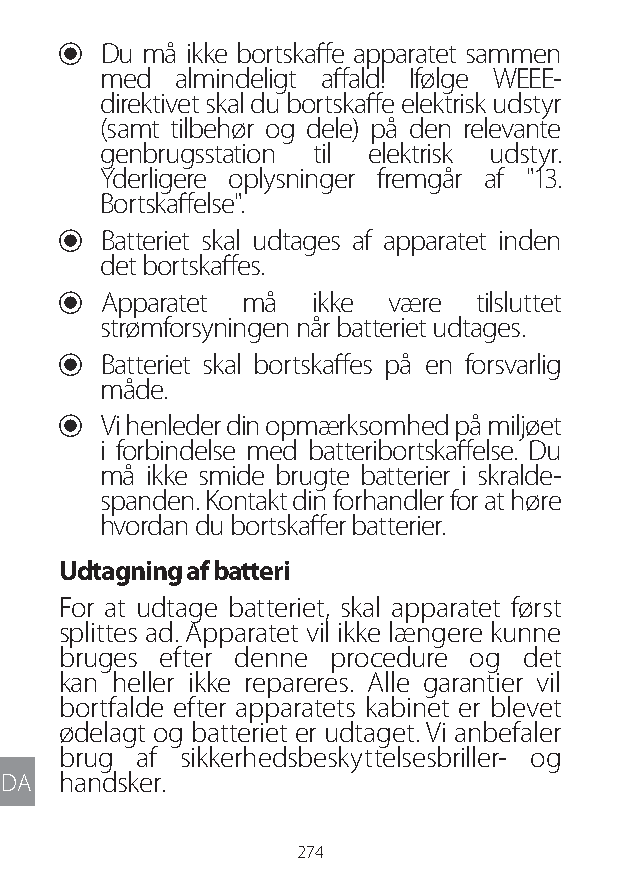
U Du må ikke bortskaffe apparatet sammen
 med  almindeligt affald! Ifølge WEEE-
 direktivet skal du bortskaffe elektrisk udstyr
 (samt tilbehør og dele) på den relevante
 genbrugsstation til elektrisk udstyr.
 Yderligere oplysninger fremgår af "13.
 Bortskaffelse".
 U Batteriet skal udtages af apparatet inden
 det bortskaffes.
 U Apparatet må  ikke være  tilsluttet
 strømforsyningen når batteriet udtages.
 U Batteriet skal bortskaffes på en forsvarlig
 måde.
 U Vi henleder din opmærksomhed på miljøet
 i forbindelse med batteribortskaffelse. Du
 må ikke smide brugte batterier i skralde-
 spanden. Kontakt din forhandler for at høre
 hvordan du bortskaffer batterier.
 Udtagning af batteri
 For at udtage batteriet, skal apparatet først
 splittes ad. Apparatet vil ikke længere kunne
 bruges efter denne procedure og det
 kan heller ikke repareres. Alle garantier vil
 bortfalde efter apparatets kabinet er blevet
 ødelagt og batteriet er udtaget. Vi anbefaler
 brug af sikkerhedsbeskyttelsesbriller- og
 DA  handsker.
 274
 Lipo UM EU124 3545B inside ALL EU124 ED296-24 release.indd 274 14/08/2018 10:57:49